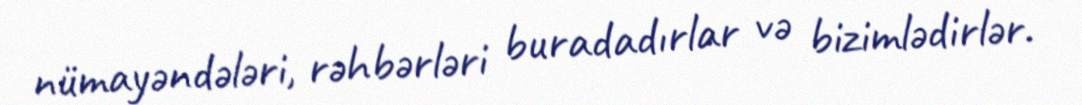
nümayəndələri, rəhbərləri buradadırlar və bizimlədirlər.